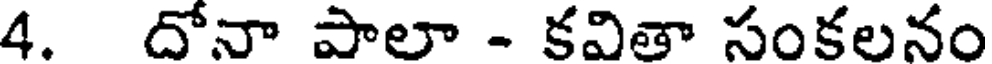
4. దోనా పాలా - కవితా సంకలనం